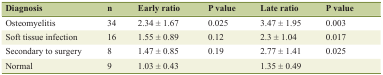
<table><thead><tr><td><b>Diagnosis</b></td><td><b>n</b></td><td><b>Early ratio</b></td><td><b>P value</b></td><td><b>Late ratio</b></td><td><b>P value</b></td></tr></thead><tbody><tr><td>Osteomyelitis</td><td>34</td><td>2.34 ± 1.67</td><td>0.025</td><td>3.47 ± 1.95</td><td>0.003</td></tr><tr><td>Soft tissue infection</td><td>16</td><td>1.55 ± 0.89</td><td>0.12</td><td>2.3 ± 1.04</td><td>0.017</td></tr><tr><td>Secondary to surgery</td><td>8</td><td>1.47 ± 0.85</td><td>0.19</td><td>2.77 ± 1.41</td><td>0.025</td></tr><tr><td>Normal</td><td>9</td><td>1.03 ± 0.43</td><td></td><td>1.35 ± 0.49</td><td></td></tr></tbody></table>